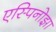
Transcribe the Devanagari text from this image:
एस्पिनोझा